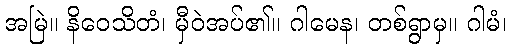
အမြဲ။ နိဝေသိတံ၊ မှီဝဲအပ်၏။ ဂါမေန၊ တစ်ရွာမှ။ ဂါမံ၊